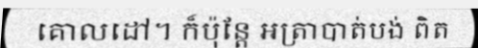
គោលដៅ។ ក៏ប៉ុន្តែ អត្រាបាត់បង់ ពិត